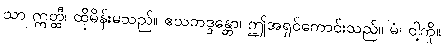
သာ ဣတ္ထီ၊ ထိုမိန်းမသည်။ ဧသဘဒ္ဒန္တော၊ ဤအရှင်ကောင်းသည်။ မံ၊ ငါ့ကို။